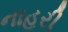
નાહરી